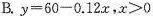
B.$$y=60-0.12x$$，$$x>0$$